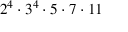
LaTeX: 2 ^ { 4 } \cdot 3 ^ { 4 } \cdot 5 \cdot 7 \cdot 1 1